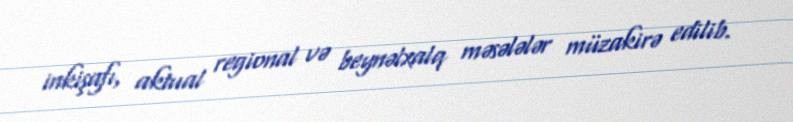
inkişafı, aktual regional və beynəlxalq məsələlər müzakirə edilib.